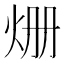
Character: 𤇒